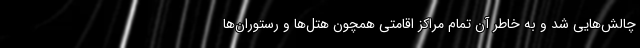
چالش‌هایی شد و به خاطر آن تمام مراکز اقامتی همچون هتل‌ها و رستوران‌ها